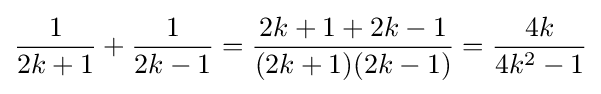
{\frac {1}{2k+1}}+{\frac {1}{2k-1}}={\frac {2k+1+2k-1}{(2k+1)(2k-1)}}={\frac {4k}{4k^{2}-1}}